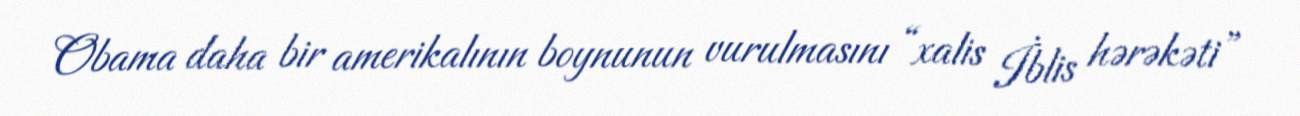
Obama daha bir amerikalının boynunun vurulmasını “xalis İblis hərəkəti”